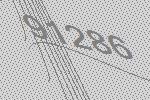
91286